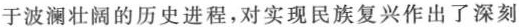
于波澜壮阔的历史进程，对实现民族复兴作出了深刻